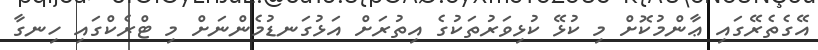
އޭގެތެރޭގައި ޢާންމުކޮށް މި ކުޅޭ ކުޅިވަރުތަކުގެ އިތުރަށް އަޅުގަނޑުމެންނަށް މި ޓްރެކްގައި ހިނގާ